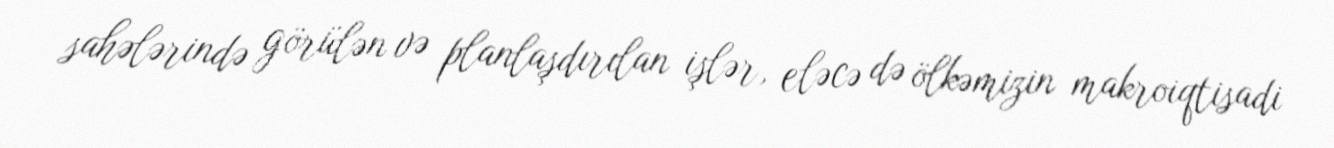
sahələrində görülən və planlaşdırılan işlər, eləcə də ölkəmizin makroiqtisadi